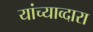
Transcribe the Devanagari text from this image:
यांच्याव्दारा